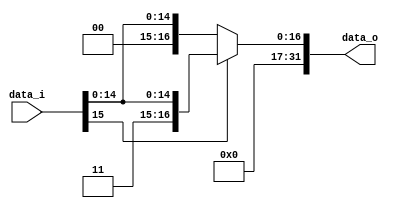
module Sign_Extend(
    data_i,
    data_o
);

input	[15:0]	data_i;
output	[31:0]	data_o;

reg	[31:0] temp;
assign data_o = temp;

always@(data_i) begin
    if(data_i[15])
	begin
         temp <= {16'b1, data_i[15:0]};
	end
    else
	begin
	 temp <= {16'b0, data_i[15:0]};
	end
end

endmodule